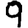
Digit: 9